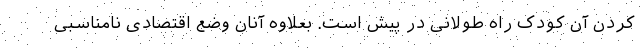
کردن آن کودک راه طولانی در پیش است. بعلاوه آنان وضع اقتصادی نامناسبی